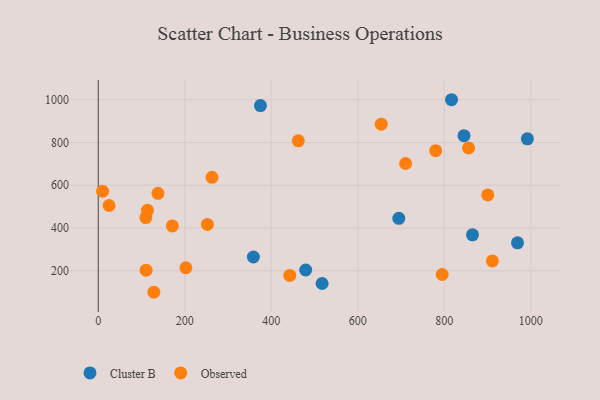
{"axis": {"x": "Ad Spend", "y": "Yield"}, "legend": ["Cluster B", "Observed"], "data": [{"x": "816.8", "y": 999.8, "type": "Cluster B"}, {"x": "358.7", "y": 264.6, "type": "Cluster B"}, {"x": "517.6", "y": 140.7, "type": "Cluster B"}, {"x": "694.9", "y": 445.5, "type": "Cluster B"}, {"x": "845.7", "y": 831.6, "type": "Cluster B"}, {"x": "479.6", "y": 203.8, "type": "Cluster B"}, {"x": "375.0", "y": 972.3, "type": "Cluster B"}, {"x": "969.4", "y": 330.8, "type": "Cluster B"}, {"x": "865.3", "y": 368.1, "type": "Cluster B"}, {"x": "992.2", "y": 817.0, "type": "Cluster B"}, {"x": "462.6", "y": 807.5, "type": "Observed"}, {"x": "252.4", "y": 416.7, "type": "Observed"}, {"x": "202.7", "y": 214.2, "type": "Observed"}, {"x": "171.4", "y": 409.6, "type": "Observed"}, {"x": "138.1", "y": 562.0, "type": "Observed"}, {"x": "710.6", "y": 701.7, "type": "Observed"}, {"x": "911.3", "y": 246.1, "type": "Observed"}, {"x": "856.2", "y": 774.4, "type": "Observed"}, {"x": "442.8", "y": 178.5, "type": "Observed"}, {"x": "263.0", "y": 637.1, "type": "Observed"}, {"x": "110.5", "y": 202.9, "type": "Observed"}, {"x": "25.0", "y": 505.4, "type": "Observed"}, {"x": "110.1", "y": 448.9, "type": "Observed"}, {"x": "113.8", "y": 482.7, "type": "Observed"}, {"x": "654.3", "y": 885.4, "type": "Observed"}, {"x": "900.6", "y": 554.5, "type": "Observed"}, {"x": "780.2", "y": 761.7, "type": "Observed"}, {"x": "10.1", "y": 572.0, "type": "Observed"}, {"x": "795.2", "y": 182.8, "type": "Observed"}, {"x": "128.6", "y": 99.6, "type": "Observed"}]}